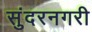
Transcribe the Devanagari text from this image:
सुंदरनगरी